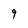
Character: 9